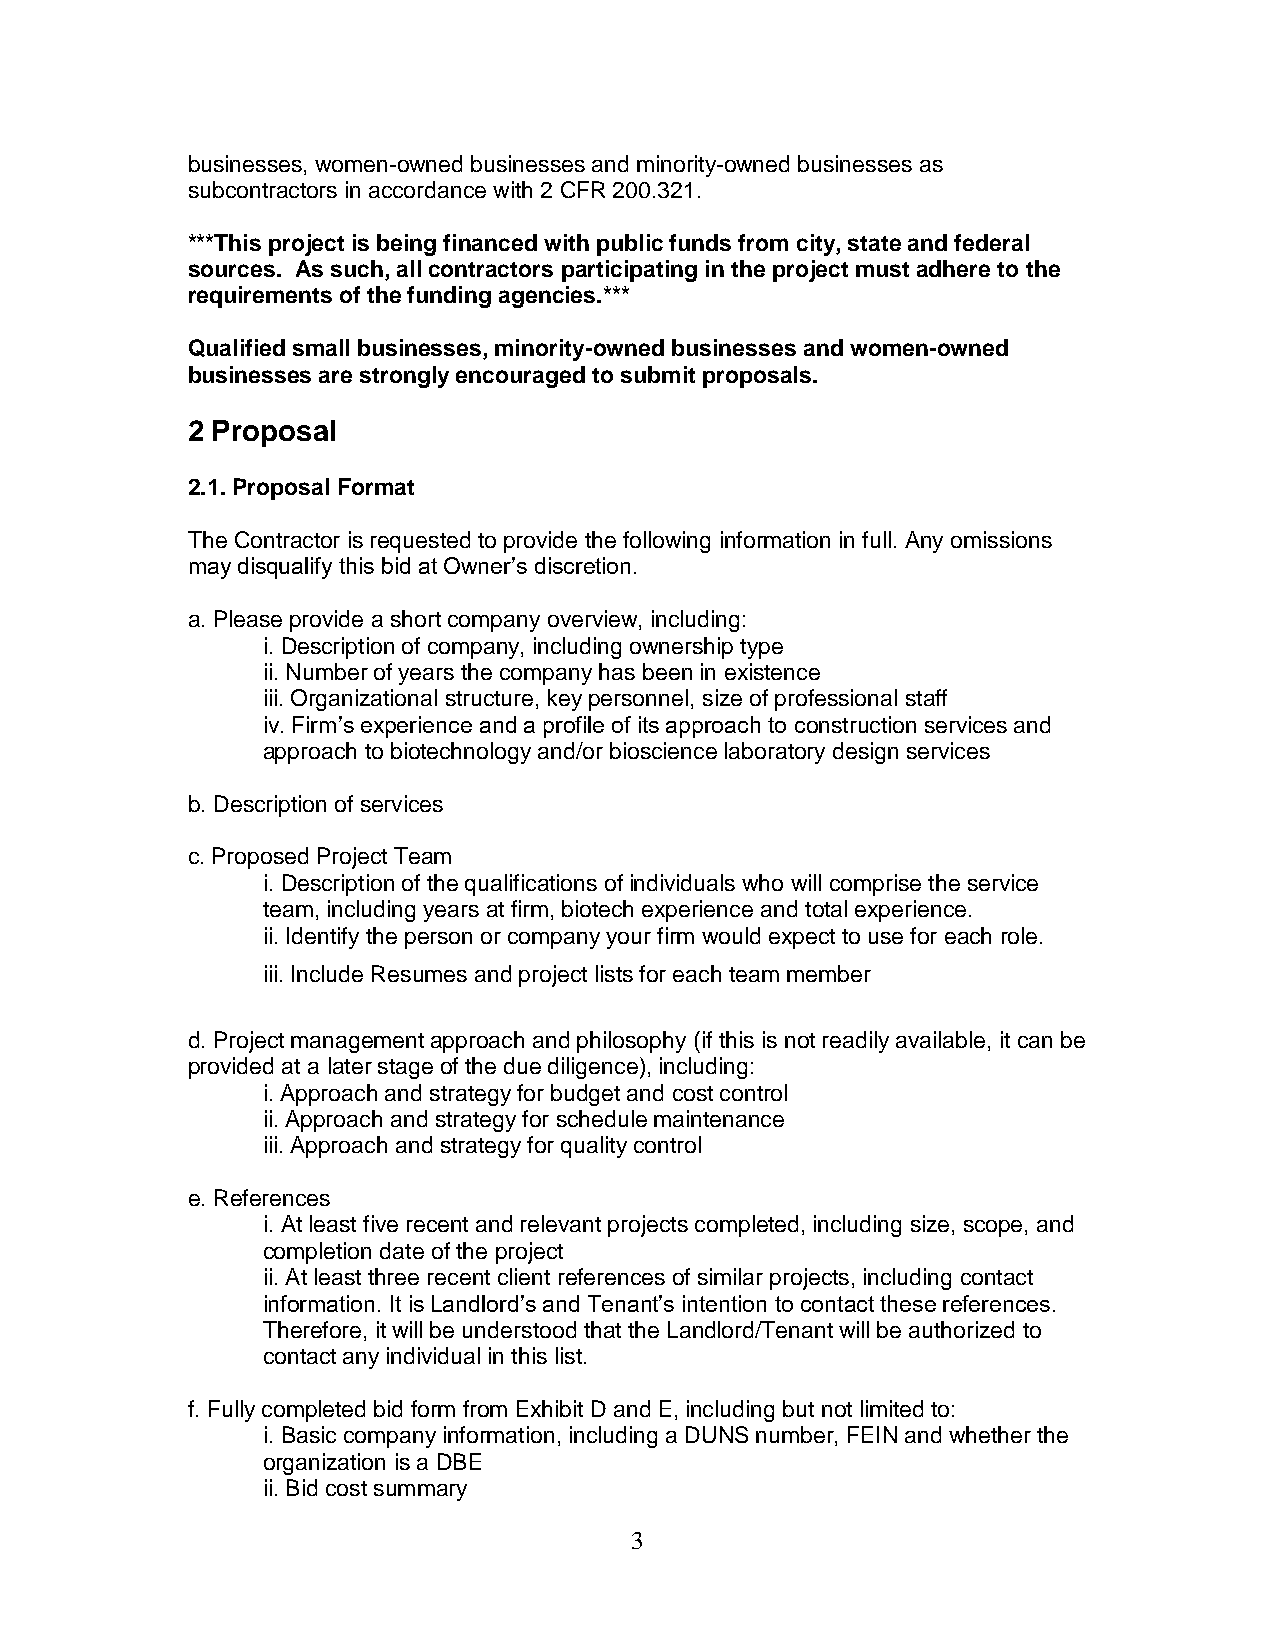
businesses, women-owned businesses and minority-owned businesses as
 subcontractors in accordance with 2 CFR 200.321.
 ***This project is being financed with public funds from city, state and federal
 sources. As such, all contractors participating in the project must adhere to the
 requirements of the funding agencies.***
 Qualified small businesses, minority-owned businesses and women-owned
 businesses are strongly encouraged to submit proposals.
 2 Proposal
 2.1. Proposal Format
 The Contractor is requested to provide the following information in full. Any omissions
 may disqualify this bid at Owner’s discretion.
 a. Please provide a short company overview, including:
 i. Description of company, including ownership type
 ii. Number of years the company has been in existence
 iii. Organizational structure, key personnel, size of professional staff
 iv. Firm’s experience and a profile of its approach to construction services and
 approach to biotechnology and/or bioscience laboratory design services
 b. Description of services
 c. Proposed Project Team
 i. Description of the qualifications of individuals who will comprise the service
 team, including years at firm, biotech experience and total experience.
 ii. Identify the person or company your firm would expect to use for each role.
 iii. Include Resumes and project lists for each team member
 d. Project management approach and philosophy (if this is not readily available, it can be
 provided at a later stage of the due diligence), including:
 i. Approach and strategy for budget and cost control
 ii. Approach and strategy for schedule maintenance
 iii. Approach and strategy for quality control
 e. References
 i. At least five recent and relevant projects completed, including size, scope, and
 completion date of the project
 ii. At least three recent client references of similar projects, including contact
 information. It is Landlord’s and Tenant’s intention to contact these references.
 Therefore, it will be understood that the Landlord/Tenant will be authorized to
 contact any individual in this list.
 f. Fully completed bid form from Exhibit D and E, including but not limited to:
 i. Basic company information, including a DUNS number, FEIN and whether the
 organization is a DBE
 ii. Bid cost summary
 3